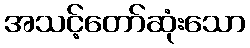
အသင့်တော်ဆုံးသော